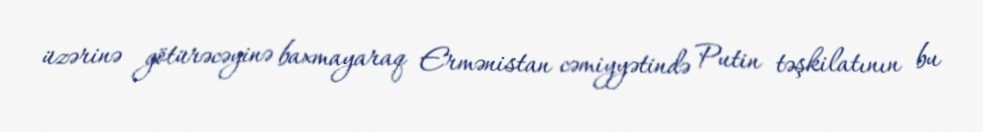
üzərinə götürəcəyinə baxmayaraq Ermənistan cəmiyyətində Putin təşkilatının bu